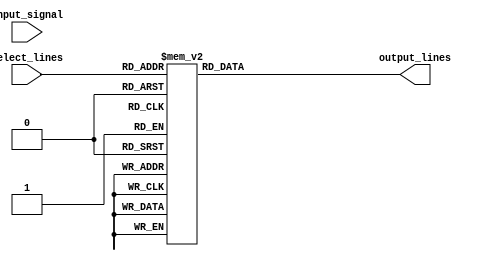
module demux_1_to_8(
    input wire input_signal,
    input wire [2:0] select_lines,
    output reg [7:0] output_lines
);

always @ (*)
begin
    case(select_lines)
        3'b000: output_lines = 8'b00000001;
        3'b001: output_lines = 8'b00000010;
        3'b010: output_lines = 8'b00000100;
        3'b011: output_lines = 8'b00001000;
        3'b100: output_lines = 8'b00010000;
        3'b101: output_lines = 8'b00100000;
        3'b110: output_lines = 8'b01000000;
        3'b111: output_lines = 8'b10000000;
        default: output_lines = 8'b00000000;
    endcase
end

endmodule